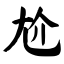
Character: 尬